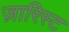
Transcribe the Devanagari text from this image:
ज़ारिस्ट